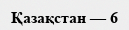
Қазақстан — 6